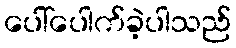
ပေါ်ပေါက်ခဲ့ပါသည်